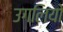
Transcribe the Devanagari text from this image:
उगलियो